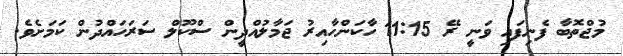
މުޖްތޮބާ ފެނިފައި ވަނީ ރޭ 11:15 ހާކަންހާއިރު ޖަމާލުއްދީން ސްކޫލް ސަރަހައްދުން ކަމަށެވެ.